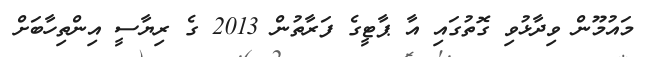
މައުމޫން ވިދާޅުވި ގޮތުގައި އާ ޕާޓީގެ ފަރާތުން 2013 ގެ ރިޔާސީ އިންތިހާބަށް